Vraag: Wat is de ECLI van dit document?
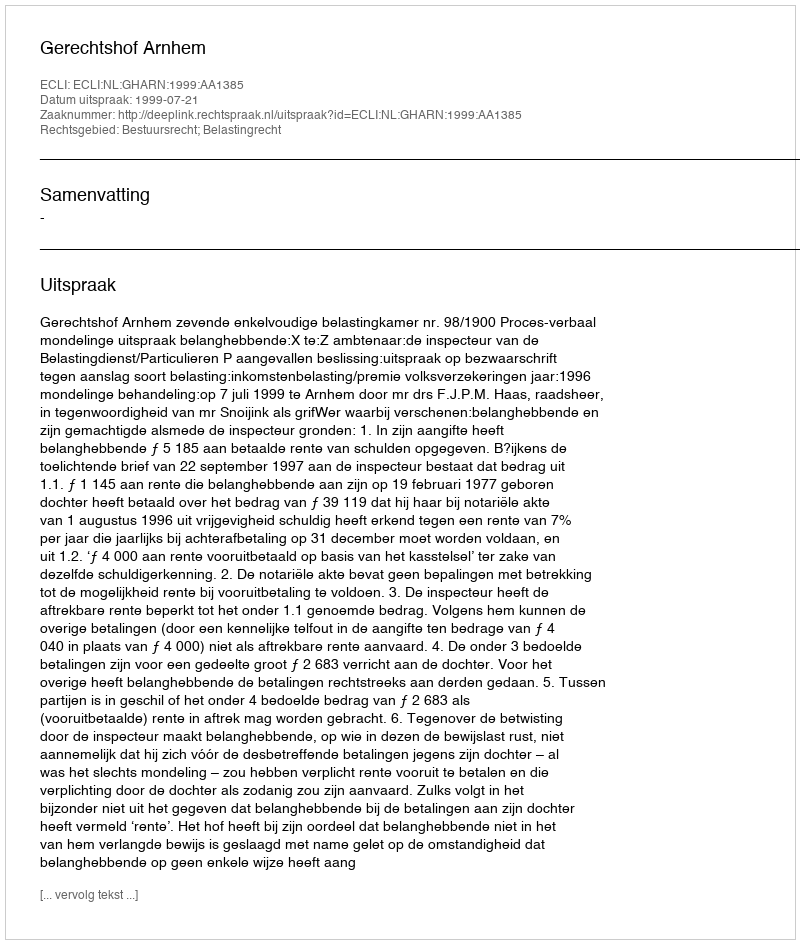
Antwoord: ECLI:NL:GHARN:1999:AA1385